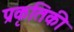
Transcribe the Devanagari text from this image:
प्रकृतिकी